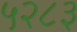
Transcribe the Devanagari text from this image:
५२८३